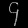
Digit: ၄